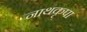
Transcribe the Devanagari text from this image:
नाथकृपा